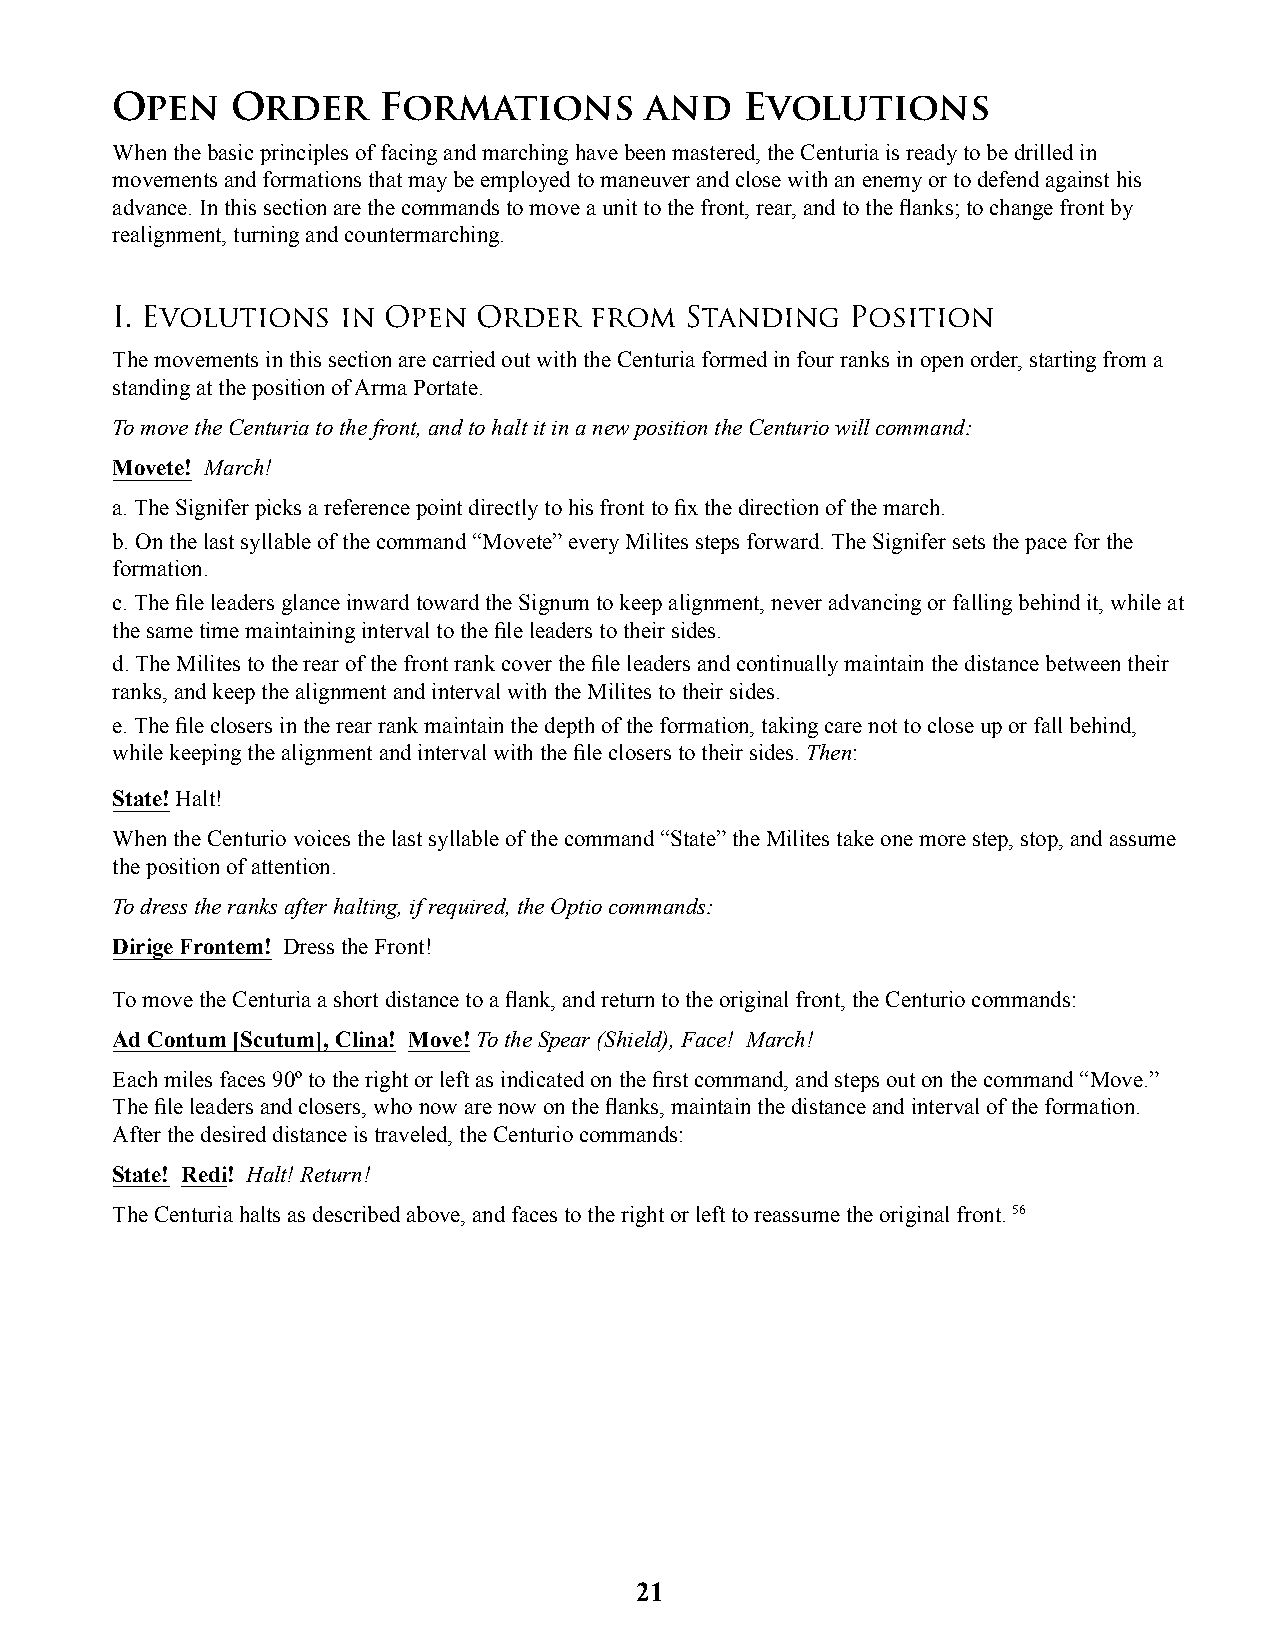
Open    Order     Formations        and   Evolutions
 When the basic principles of facing and marching have been mastered, the Centuria is ready to be drilled in
 movements and formations that may be employed to maneuver and close with an enemy or to defend against his
 advance. In this section are the commands to move a unit to the front, rear, and to the fl anks; to change front by
 realignment, turning and countermarching.
 I. Evolutions  in Open   Order  from  Standing   Position
 The movements in this section are carried out with the Centuria formed in four ranks in open order, starting from a
 standing at the position of Arma Portate.
 To move the Centuria to the front, and to halt it in a new position the Centurio will command:
 Movete! March!
 a. The Signifer picks a reference point directly to his front to fi x the direction of the march.
 b. On the last syllable of the command “Movete” every Milites steps forward. The Signifer sets the pace for the
 formation.
 c. The fi le leaders glance inward toward the Signum to keep alignment, never advancing or falling behind it, while at
 the same time maintaining interval to the fi le leaders to their sides.
 d. The Milites to the rear of the front rank cover the fi le leaders and continually maintain the distance between their
 ranks, and keep the alignment and interval with the Milites to their sides.
 e. The fi le closers in the rear rank maintain the depth of the formation, taking care not to close up or fall behind,
 while keeping the alignment and interval with the fi le closers to their sides. Then:
 State! Halt!
 When the Centurio voices the last syllable of the command “State” the Milites take one more step, stop, and assume
 the position of attention.
 To dress the ranks after halting, if required, the Optio commands:
 Dirige Frontem! Dress the Front!
 To move the Centuria a short distance to a fl ank, and return to the original front, the Centurio commands:
 Ad Contum [Scutum], Clina! Move! To the Spear (Shield), Face! March!
 Each miles faces 90º to the right or left as indicated on the fi rst command, and steps out on the command “Move.”
 The fi le leaders and closers, who now are now on the fl anks, maintain the distance and interval of the formation.
 After the desired distance is traveled, the Centurio commands:
 State! Redi! Halt! Return!
 The Centuria halts as described above, and faces to the right or left to reassume the original front. 56
 21